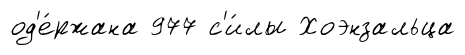
од'е́ржана 977 с'и́лы Хоэнзальца